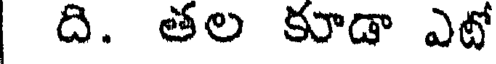
ది. తల కూడా ఎటో